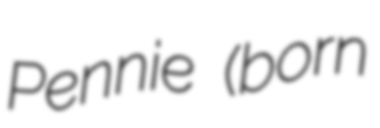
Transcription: Pennie (born